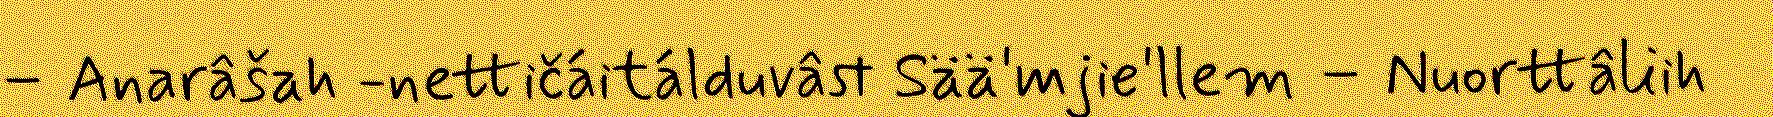
– Anarâšah -nettičáitálduvâst Sää'mjie'llem – Nuorttâliih